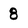
Character: 8